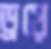
ড্রয়ে